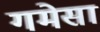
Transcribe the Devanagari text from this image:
गमेसा